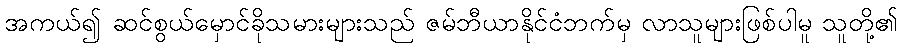
အကယ်၍ ဆင်စွယ်မှောင်ခိုသမားများသည် ဇမ်ဘီယာနိုင်ငံဘက်မှ လာသူများဖြစ်ပါမူ သူတို့၏